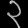
Digit: ၃